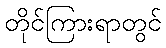
တိုင်ကြားရာတွင်